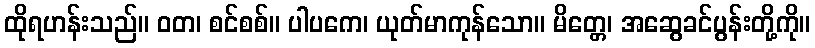
ထိုရဟန်းသည်။ ဝတ၊ စင်စစ်။ ပါပကေ၊ ယုတ်မာကုန်သော။ မိတ္တေ၊ အဆွေခင်ပွန်းတို့ကို။